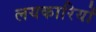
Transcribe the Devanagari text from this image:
लयकारियों